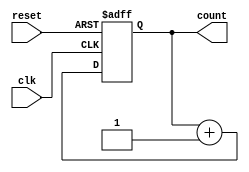
module synchronous_counter (
    input wire clk,
    input wire reset,
    output reg [7:0] count
);

reg [7:0] next_count;

always @(posedge clk or posedge reset) begin
    if (reset) begin
        next_count <= 8'b00000000; // Initial value of counter
    end else begin
        next_count <= count + 1;
    end
end

always @(*) begin
    count <= next_count;
end

endmodule